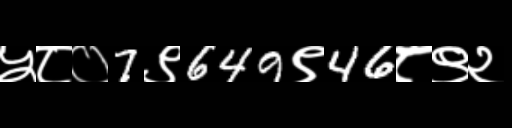
Text: ५८०7९649९46८९२